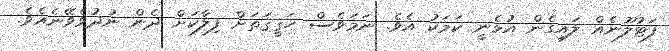
ފަޓުލޫނެއް ލައިގެން އުޅެނީ ކަމަކު އެވެ. ނަމަވެސް ހަޤީޤަތަށް ފިލާކަށް ދެން ނުދުވެވޭނެއެވެ.